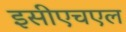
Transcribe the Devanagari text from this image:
इसीएचएल